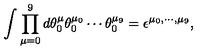
\int \prod _ { \mu = 0 } ^ { 9 } d \theta _ { 0 } ^ { \mu } \theta _ { 0 } ^ { \mu _ { 0 } } \cdots \theta _ { 0 } ^ { \mu _ { 9 } } = \epsilon ^ { \mu _ { 0 } , \cdots , \mu _ { 9 } } ,